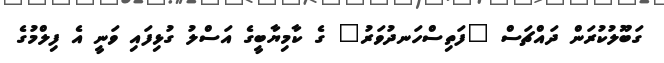
ގަބޫލުކުރަން ދައްޗަސް "ފަތިސްހަނދުވަރު" ގެ ކާމިޔާބީގެ އަސްލު ގުޅިފައި ވަނީ އެ ފިލްމުގެ